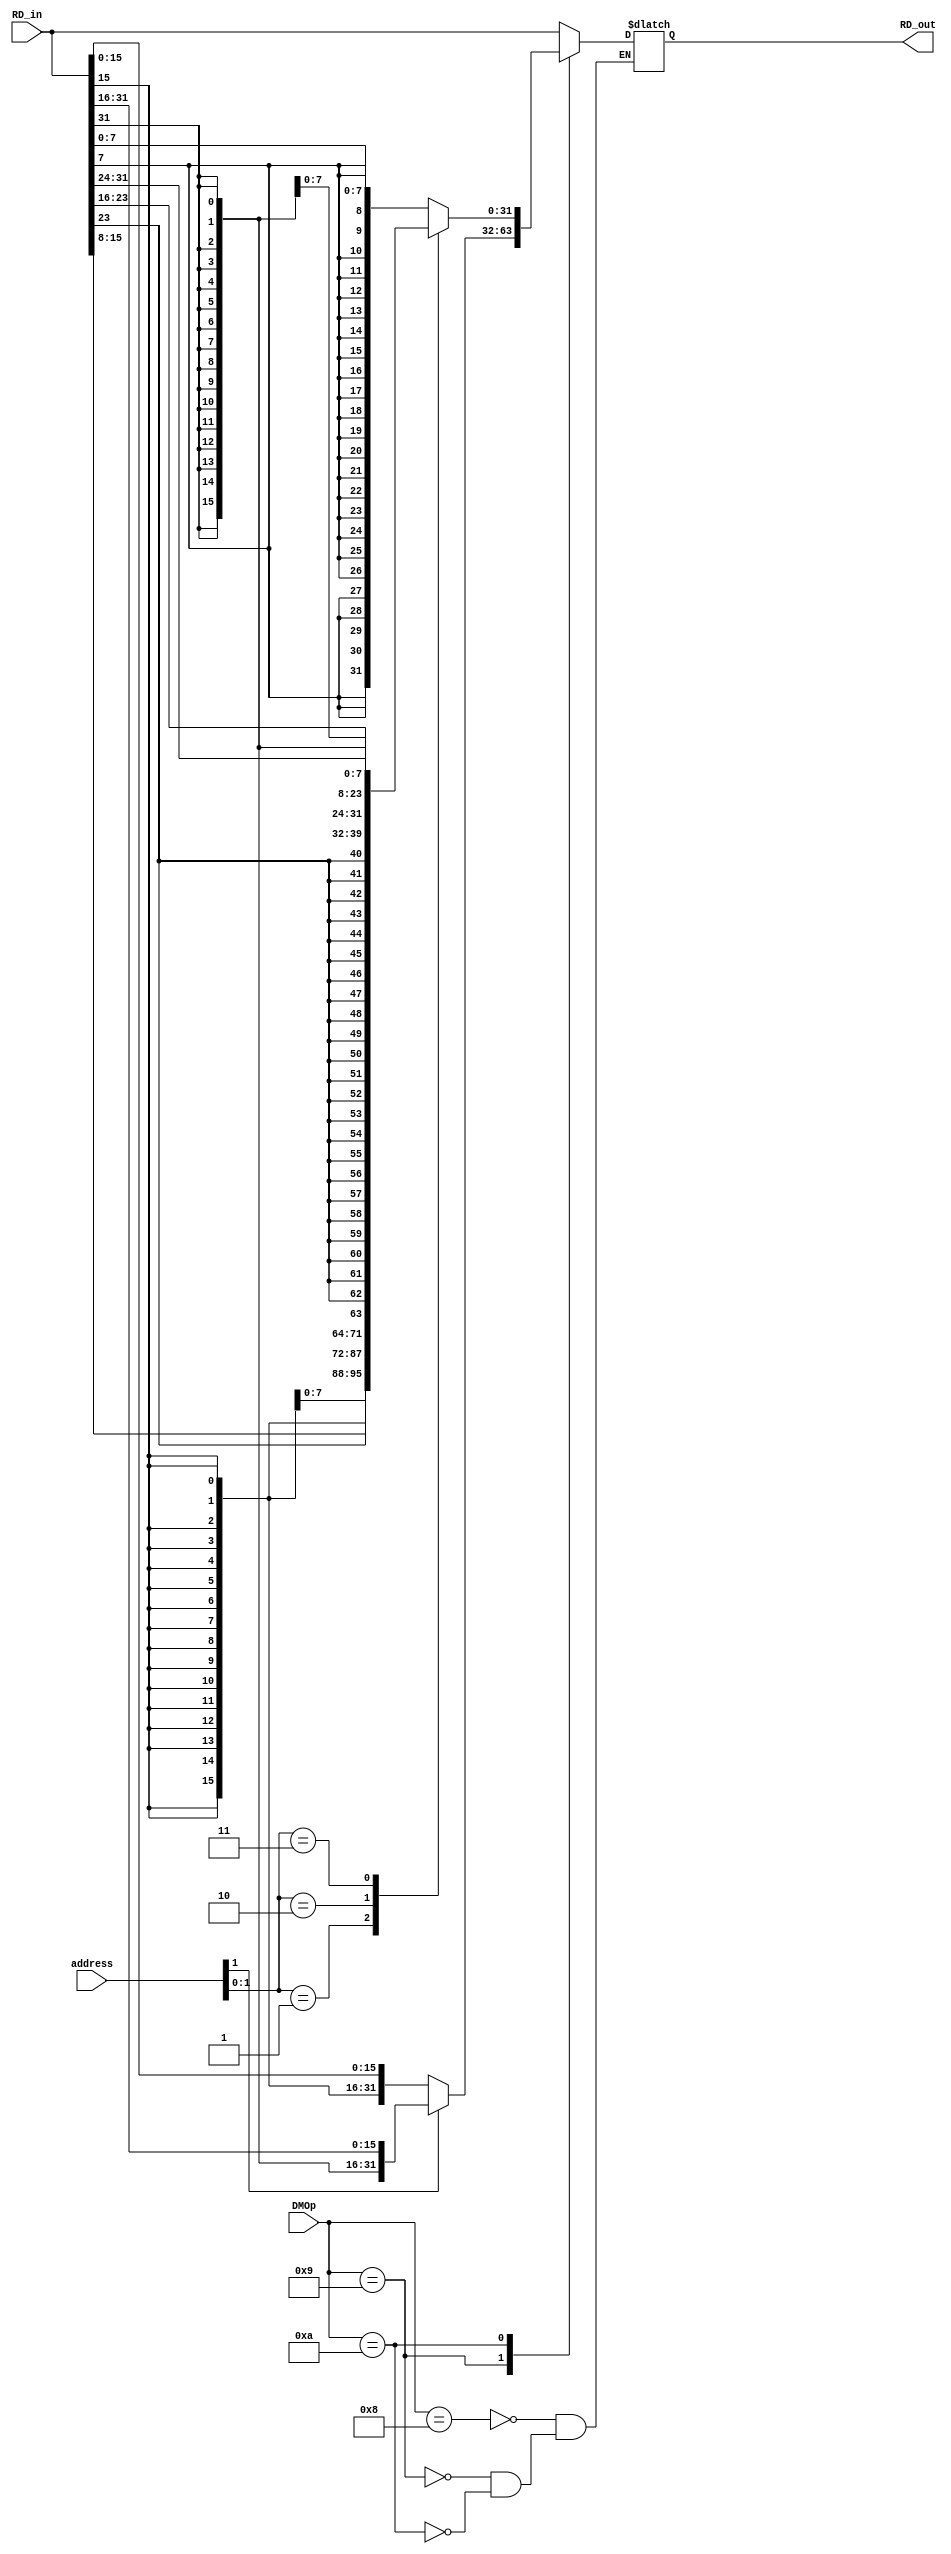
`timescale 1ns / 1ps
//////////////////////////////////////////////////////////////////////////////////
// Company: 
// Engineer: 
// 
// Design Name: 
// Module Name:    DE 
// Project Name: 
// Target Devices: 
// Tool versions: 
// Description: 
//
// Dependencies: 
//
// Revision: 
// Revision 0.01 - File Created
// Additional Comments: 
//
//////////////////////////////////////////////////////////////////////////////////
module DE(
input wire [31:0] address,
input wire [3:0] DMOp,
input wire [31:0] RD_in,
output reg [31:0] RD_out
    );
localparam lw = 4'b1000;
localparam lh = 4'b1001;
localparam lb = 4'b1010;
always@(*)begin
	case(DMOp)
	lw : RD_out = RD_in;
	lh :
	begin
	case(address[1])
	1'b0 : RD_out = {{16{RD_in[15]}},RD_in[15:0]};
	1'b1 : RD_out = {{16{RD_in[31]}},RD_in[31:16]};
	endcase
	end
	lb :
	begin
	case(address[1:0])
	2'b00 : RD_out = {{24{RD_in[7]}},RD_in[7:0]}; 
	2'b01 : RD_out = {{24{RD_in[15]}},RD_in[15:8]};
	2'b10 : RD_out = {{24{RD_in[23]}},RD_in[23:16]};
	2'b11 : RD_out = {{24{RD_in[31]}},RD_in[31:24]};
	endcase
	end
	endcase
end

endmodule